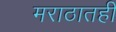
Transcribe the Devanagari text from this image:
मराठातही